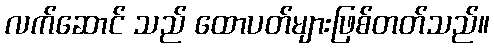
လက်ဆောင် သည် ထောပတ်များဖြစ်တတ်သည်။